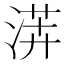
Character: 𱧏